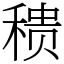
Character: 䅪